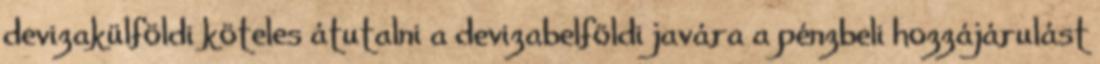
devizakülföldi köteles átutalni a devizabelföldi javára a pénzbeli hozzájárulást